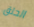
الحلق